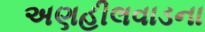
અણહીલવાડના